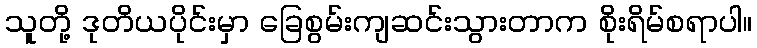
သူတို့ ဒုတိယပိုင်းမှာ ခြေစွမ်းကျဆင်းသွားတာက စိုးရိမ်စရာပါ။